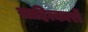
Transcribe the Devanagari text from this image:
साहित्कारों